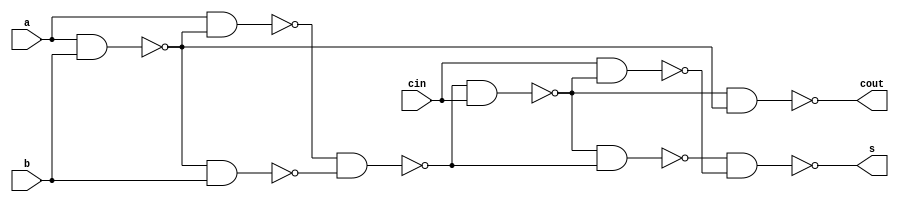
module fulladder(s,cout,a,b,cin);

input a,b,cin;
output s,cout;

wire u1,u2,u3,u4,u6,u7;

nand
n1 (u1,a,b),
n2 (u2,a,u1),
n3 (u3,u1,b),
n4 (u4,u2,u3),
n5 (u5,u4,cin),
n6 (u6,u5,u4),
n7 (u7,cin,u5),
n8 (s,u6,u7),
n9 (cout,u5,u1);

endmodule